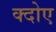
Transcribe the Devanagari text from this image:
क्दोए